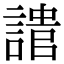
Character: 𧪯